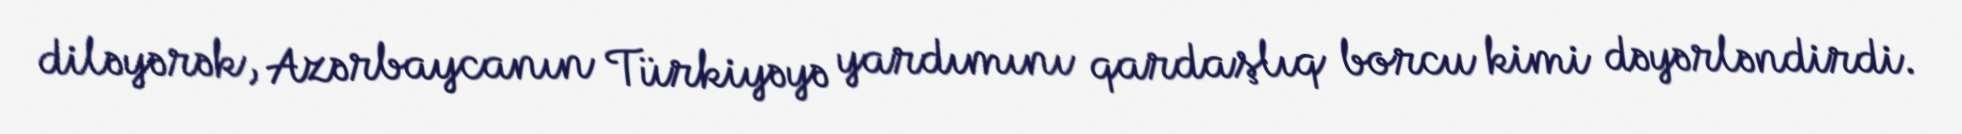
diləyərək, Azərbaycanın Türkiyəyə yardımını qardaşlıq borcu kimi dəyərləndirdi.